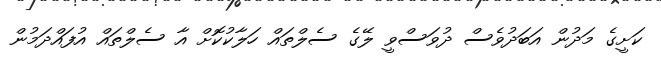
ކަށީގެ މަދުން އަބަދުވެސް ދުވަސްވީ ލޭގެ ސެލްތައް ހަލާކުކޮށް އާ ސެލްތައް އުފައްދަމުން